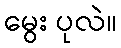
မွေး ပုလဲ။